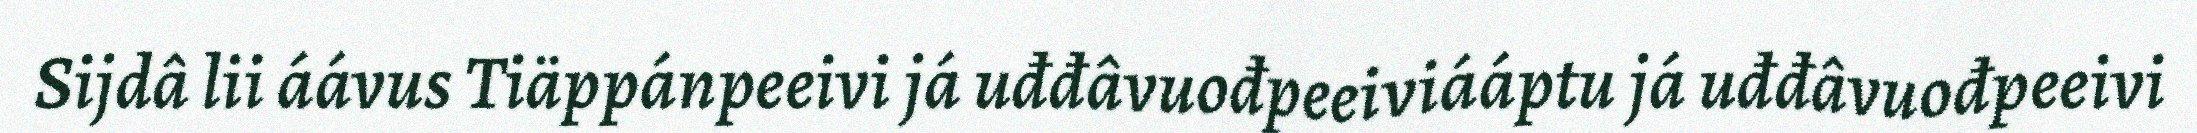
Sijdâ lii áávus Tiäppánpeeivi já uđđâvuođpeeiviááptu já uđđâvuođpeeivi